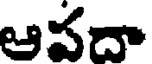
ఆపదా